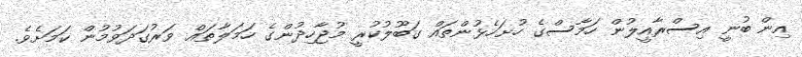
އިން ބުނީ އިސްރާއީލުން ހަމާސްގެ ހުށަހެޅުންތައް ގަބޫލުކުރީ މުޖާހިދުންގެ ހަމަލާތައް ވަރުގަދަވުމުން ކަމަށެވެ.